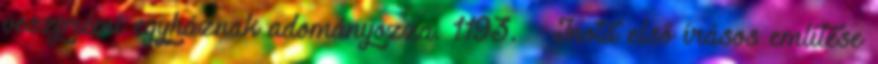
veszprémi egyháznak adományozza. 1193. – Inota első írásos említése